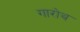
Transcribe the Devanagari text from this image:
गारोथ